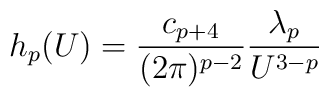
h_p(U)={{c_{p+4}}\over{(2\pi)^{p-2}}} {{\lambda_p}\over{U^{3-p}}}